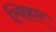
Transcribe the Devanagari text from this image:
त्यिहार